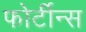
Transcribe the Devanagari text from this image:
फोर्टीन्स